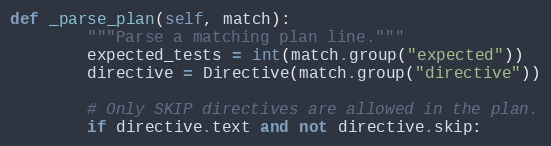
Language: Python
def _parse_plan(self, match):
        """Parse a matching plan line."""
        expected_tests = int(match.group("expected"))
        directive = Directive(match.group("directive"))

        # Only SKIP directives are allowed in the plan.
        if directive.text and not directive.skip: